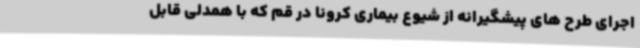
اجرای طرح های پیشگیرانه از شیوع بیماری کرونا در قم که با همدلی قابل